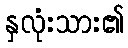
နှလုံးသား၏